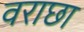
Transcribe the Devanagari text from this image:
वराछा